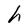
Character: h